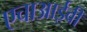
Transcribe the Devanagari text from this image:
एचाआईवी